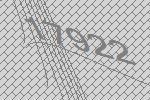
17922